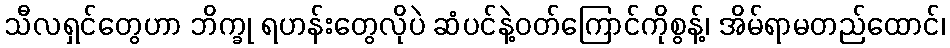
သီလရှင်တွေဟာ ဘိက္ခု ရဟန်းတွေလိုပဲ ဆံပင်နဲ့ဝတ်ကြောင်ကိုစွန့်၊ အိမ်ရာမတည်ထောင်၊